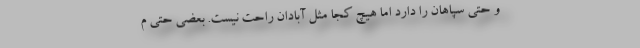
و حتی سپاهان را دارد اما هیچ کجا مثل آبادان راحت نیست. بعضی حتی م